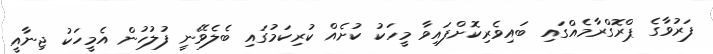
ފަރުވާގެ ޕްރޮގްރާމެއްގައި ބައިވެރިކޮށްފައިވާ މީހަކު ކުށެއް ކުރިކަމުގައި ބެލެވޭނީ ފުލުހުން އެމީހަކު ޖިނާއީ